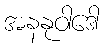
အနနုဝါဒေါ